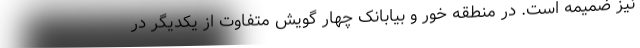
نیز ضمیمه است. در منطقه خور و بیابانک چهار گویش متفاوت از یکدیگر در